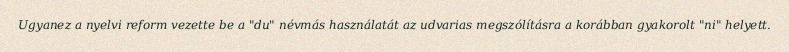
Ugyanez a nyelvi reform vezette be a "du" névmás használatát az udvarias megszólításra a korábban gyakorolt "ni" helyett.